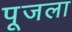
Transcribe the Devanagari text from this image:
पूजला